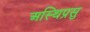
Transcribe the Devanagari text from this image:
अस्थिप्रसु